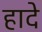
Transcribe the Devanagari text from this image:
हादे